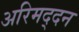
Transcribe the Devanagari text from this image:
अरिमद्दन